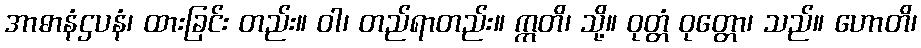
အာဓာနံဌပနံ၊ ထားခြင်း တည်း။ ဝါ၊ တည်ရာတည်း။ ဣတိ၊ သို့။ ဝုတ္တံ ဝုတ္တော၊ သည်။ ဟောတိ၊